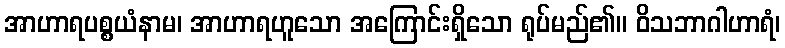
အာဟာရပစ္စယံနာမ၊ အာဟာရဟူသော အကြောင်းရှိသော ရုပ်မည်၏။ ဝိသဘာဂါဟာရံ၊